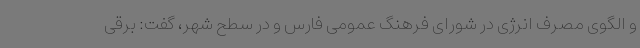
و الگوی مصرف انرژی در شورای فرهنگ عمومی فارس و در سطح شهر، گفت: برقی